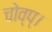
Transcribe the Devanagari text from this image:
चोव्प्।